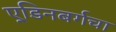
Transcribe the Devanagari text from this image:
ए्डिनबर्गचा